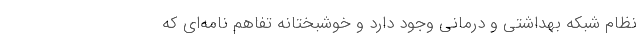
نظام شبکه بهداشتی و درمانی وجود دارد و خوشبختانه تفاهم نامه‌ای که